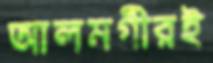
আলমগীরই